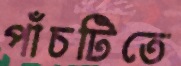
পাঁচটিতে